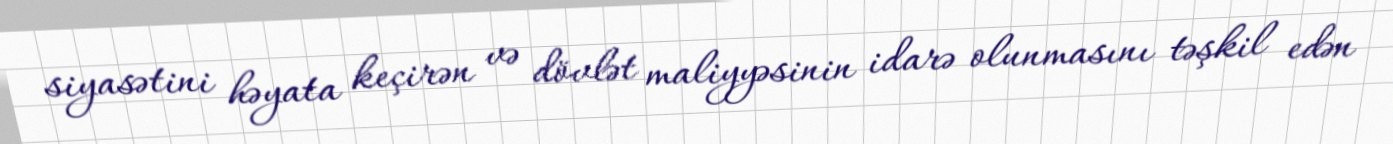
siyasətini həyata keçirən və dövlət maliyyəsinin idarə olunmasını təşkil edən